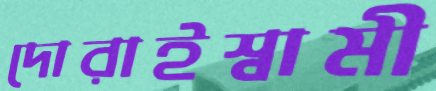
দোরাইস্বামী